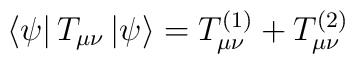
\left< \psi \right| T_{\mu \nu} \left| \psi \right> = T^{(1)}_{\mu\nu} + T^{(2)}_{\mu \nu}